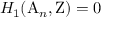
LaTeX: H _ { 1 } ( \mathrm { A } _ { n } , \mathrm { Z } ) = 0